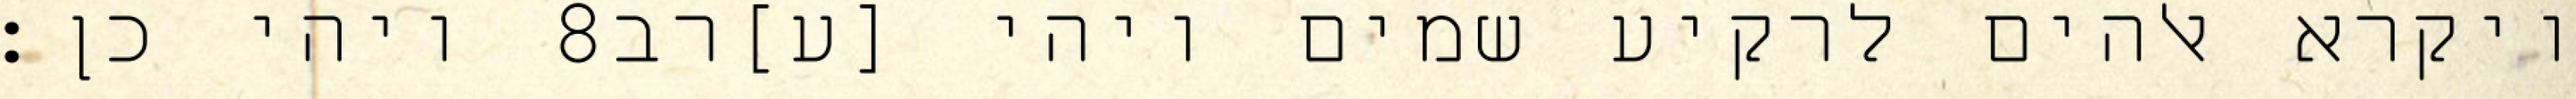
ויהי כן׃ ‎8‏ ויקרא אלהים לרקיע שמים ויהי [ע]רב